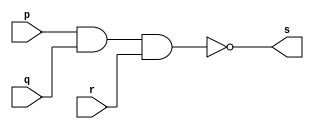
// ---------------------
// Guia 01_01 - NAND
// Nome: Heitor Terozendi Silva
// --------------------

// ---------------------
// -- nand gate
// ---------------------

module nandgate (s, p, q, r);
 output s;
 input  p, q, r;

 assign s = ~(p & q & r);

endmodule // nandgate

// ---------------------
// -- test nand gate
// ---------------------

module testnandgate;
 reg   a, b, c;
 wire  s;
          // instancia
 nandgate NAND1 (s, a, b, c);
 
          // parte principal
 initial begin
      $display("Guia_01 - Heitor Terozendi - 396698");
      $display("Test NAND gate");
      $display("\n~(a & b & c) = s\n");
      a=0; b=0; c=0;
  #1  $display("~(%b & %b & %b) = %b", a, b, c, s);
      a=0; b=0; c=1;
  #1  $display("~(%b & %b & %b) = %b", a, b, c, s);
      a=0; b=1; c=0;
  #1  $display("~(%b & %b & %b) = %b", a, b, c, s);
      a=0; b=1; c=1;
  #1  $display("~(%b & %b & %b) = %b", a, b, c, s);
      a=1; b=0; c=0;
  #1  $display("~(%b & %b & %b) = %b", a, b, c, s);
      a=1; b=0; c=1;
  #1  $display("~(%b & %b & %b) = %b", a, b, c, s);
      a=1; b=1; c=0;
  #1  $display("~(%b & %b & %b) = %b", a, b, c, s);
      a=1; b=1; c=1;
  #1  $display("~(%b & %b & %b) = %b", a, b, c, s);
 end

endmodule // testnandgate